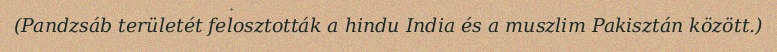
(Pandzsáb területét felosztották a hindu India és a muszlim Pakisztán között.)